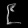
Digit: ၉